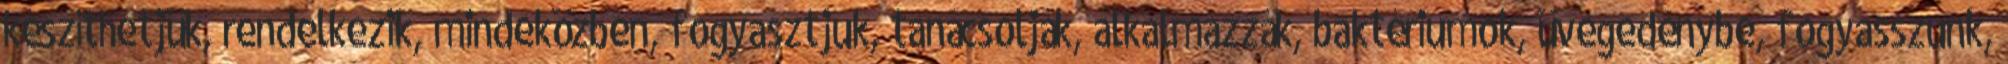
készíthetjük, rendelkezik, mindeközben, fogyasztjuk, tanácsolják, alkalmazzák, baktériumok, üvegedénybe, fogyasszunk,